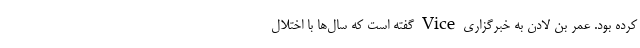
کرده بود. عمر بن لادن به خبرگزاری Vice گفته است که سال‌ها با اختلال